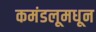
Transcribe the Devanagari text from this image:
कमंडलूमधून